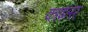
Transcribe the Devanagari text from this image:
काइलर